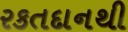
રકતદાનથી